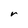
Character: r